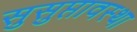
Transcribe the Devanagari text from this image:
सुसुप्तावस्था